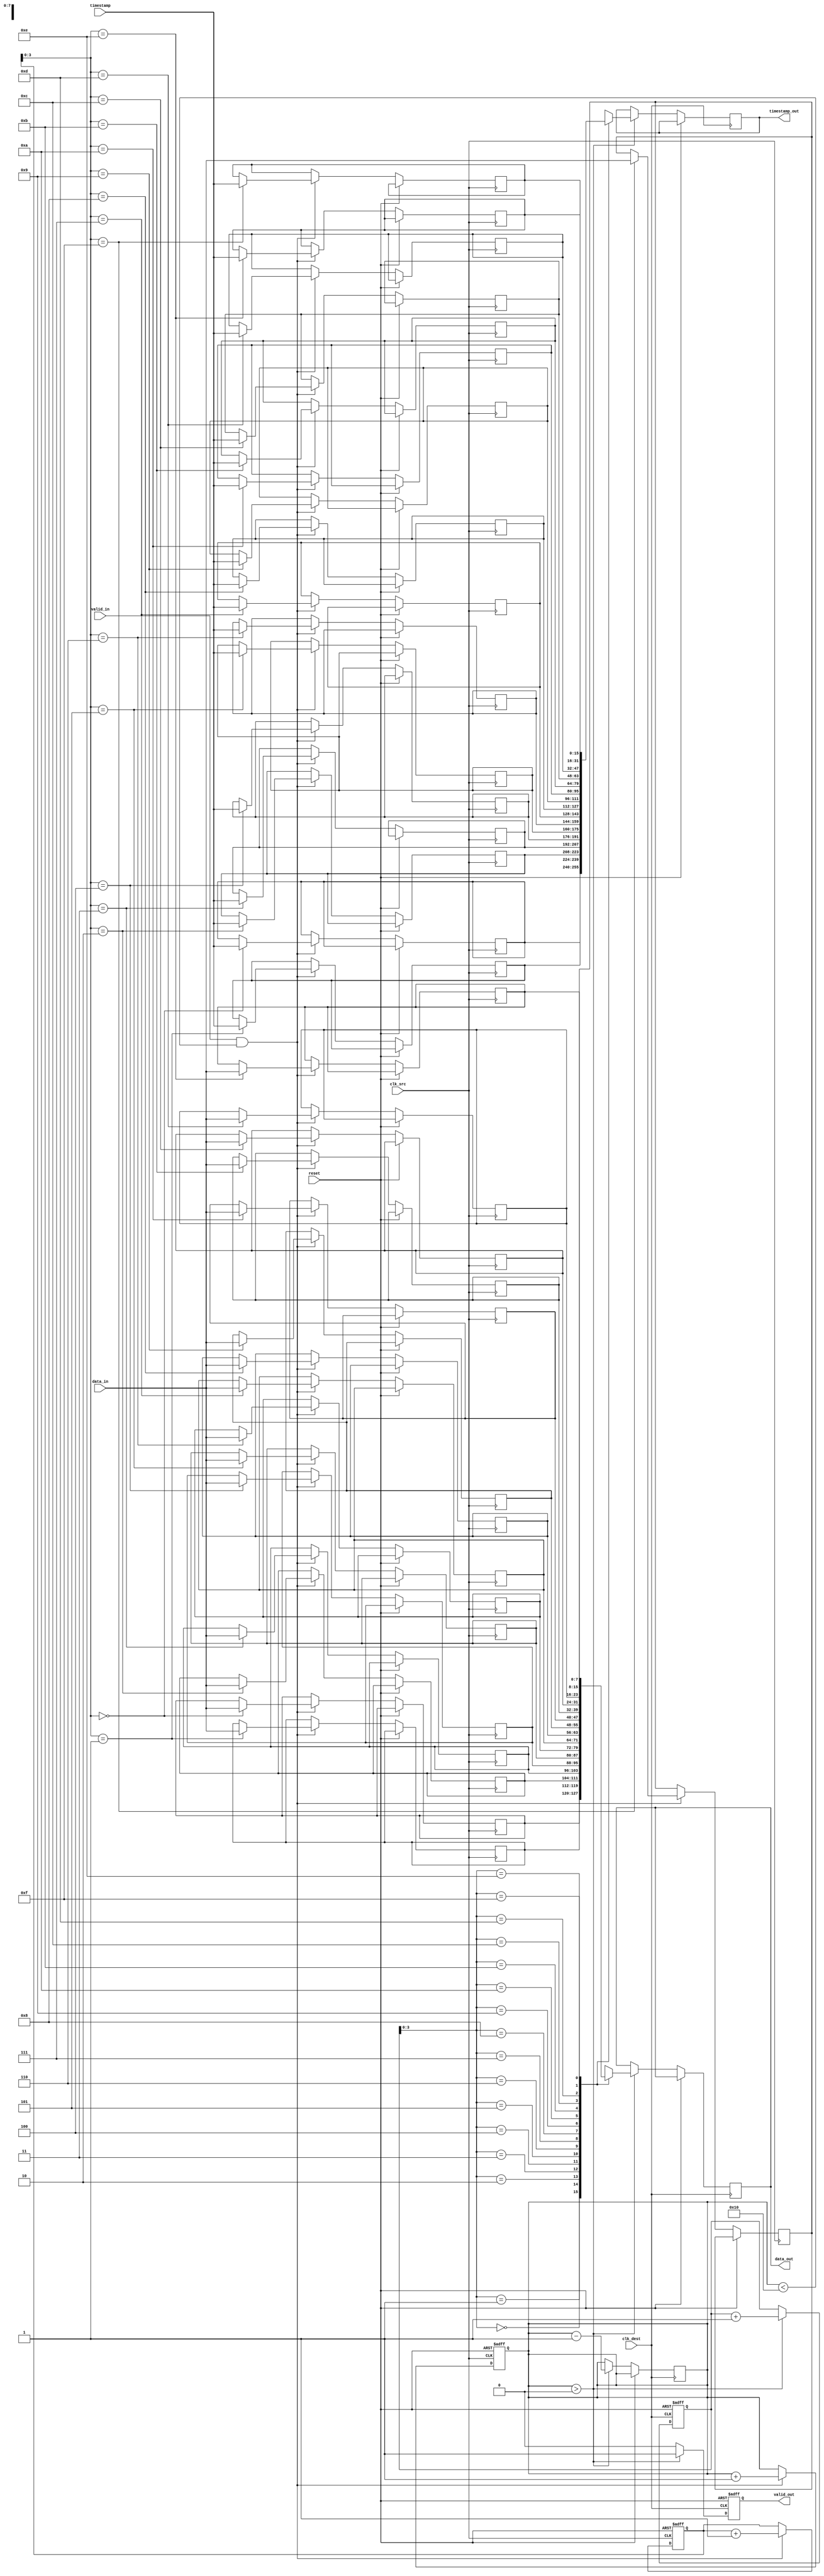
module timestamped_sync #(
    parameter DATA_WIDTH = 8,
    parameter TIMESTAMP_WIDTH = 16,
    parameter FIFO_DEPTH = 16
)(
    input wire clk_src,
    input wire clk_dest,
    input wire reset,
    input wire [DATA_WIDTH-1:0] data_in,
    input wire [TIMESTAMP_WIDTH-1:0] timestamp,
    input wire valid_in,
    output wire [DATA_WIDTH-1:0] data_out,
    output wire [TIMESTAMP_WIDTH-1:0] timestamp_out,
    output wire valid_out
);

// FIFO memory
reg [DATA_WIDTH-1:0] fifo_data [0:FIFO_DEPTH-1];
reg [TIMESTAMP_WIDTH-1:0] fifo_timestamp [0:FIFO_DEPTH-1];
reg [4:0] write_ptr, read_ptr;
reg [4:0] count;

// Write Logic in Source Domain
always @(posedge clk_src or posedge reset) begin
    if (reset) begin
        write_ptr <= 0;
        count <= 0;
    end else if (valid_in && (count < FIFO_DEPTH)) begin
        fifo_data[write_ptr] <= data_in;
        fifo_timestamp[write_ptr] <= timestamp;
        write_ptr <= write_ptr + 1;
        count <= count + 1;
    end
end

// Read Logic in Destination Domain
reg valid_out_sync;
always @(posedge clk_dest or posedge reset) begin
    if (reset) begin
        read_ptr <= 0;
        valid_out_sync <= 0;
    end else if (count > 0) begin
        data_out <= fifo_data[read_ptr];
        timestamp_out <= fifo_timestamp[read_ptr];
        read_ptr <= read_ptr + 1;
        count <= count - 1;
        valid_out_sync <= 1;
    end else begin
        valid_out_sync <= 0;
    end
end

// Synchronize valid signal
reg valid_in_sync1, valid_in_sync2;
always @(posedge clk_src or posedge reset) begin
    if (reset) begin
        valid_in_sync1 <= 0;
        valid_in_sync2 <= 0;
    end else begin
        valid_in_sync1 <= valid_in;
        valid_in_sync2 <= valid_in_sync1;
    end
end

// Output valid signal
assign valid_out = valid_out_sync;

// FIFO status monitoring
wire fifo_empty = (count == 0);
wire fifo_full = (count == FIFO_DEPTH);

endmodule